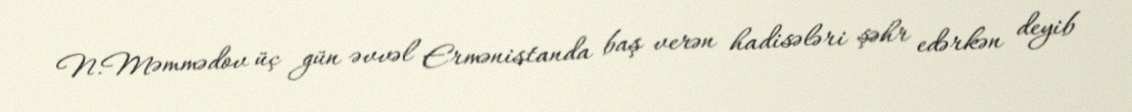
N.Məmmədov üç gün əvvəl Ermənistanda baş verən hadisələri şəhr edərkən deyib